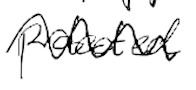
Text: protected
Cross-out: wave
Writing tool: digital_black